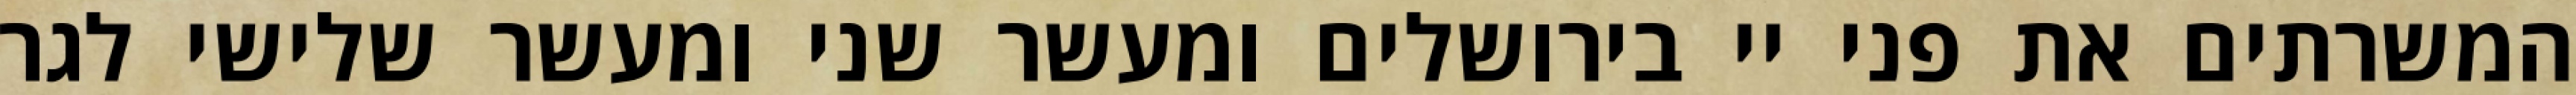
המשרתים את פני יי בירושלים ומעשר שני ומעשר שלישי לגר